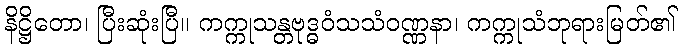
နိဋ္ဌိတော၊ ပြီးဆုံးပြီ။ ကက္ကုသန္တဗုဒ္ဓဝံသသံဝဏ္ဏနာ၊ ကက္ကုသံဘုရားမြတ်၏